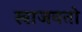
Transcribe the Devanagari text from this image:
खाजवतो